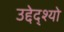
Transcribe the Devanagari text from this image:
उद्देद्श्यो